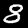
Label: 8